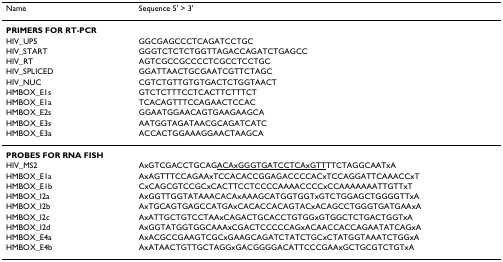
<table><thead><tr><td><b>Name</b></td><td><b>Sequence 5&#x27; &gt; 3&#x27;</b></td></tr></thead><tbody><tr><td><b>PRIMERS FOR RT-PCR</b></td><td></td></tr><tr><td>HIV_UP5</td><td>GGCGAGCCCTCAGATCCTGC</td></tr><tr><td>HIV_START</td><td>GGGTCTCTCTGGTTAGACCAGATCTGAGCC</td></tr><tr><td>HIV_RT</td><td>AGTCGCCGCCCCTCGCCTCCTGC</td></tr><tr><td>HIV_SPLICED</td><td>GGATTAACTGCGAATCGTTCTAGC</td></tr><tr><td>HIV_NUC</td><td>CGTCTGTTGTGTGACTCTGGTAACT</td></tr><tr><td>HMBOX_E1s</td><td>GTCTCTTTCCTCACTTCTTTCT</td></tr><tr><td>HMBOX_E1a</td><td>TCACAGTTTCCAGAACTCCAC</td></tr><tr><td>HMBOX_E2s</td><td>GGAATGGAACAGTGAAGAAGCA</td></tr><tr><td>HMBOX_E3s</td><td>AATGGTAGATAACGCAGATCATC</td></tr><tr><td>HMBOX_E3a</td><td>ACCACTGGAAAGGAACTAAGCA</td></tr><tr><td><b>PROBES FOR RNA FISH</b></td><td></td></tr><tr><td>HIV_MS2</td><td>AxGTCGACCTGCAG<underline>ACAxGGGTGATCCTCAxGTT</underline>TTCTAGGCAATxA</td></tr><tr><td>HMBOX_E1a</td><td>AxAGTTTCCAGAAxTCCACACCGGAGACCCCACxTCCAGGATTCAAACCxT</td></tr><tr><td>HMBOX_E1b</td><td>CxCAGCGTCCGCxCACTTCCTCCCCAAAACCCCxCCAAAAAAATTGTTxT</td></tr><tr><td>HMBOX_I2a</td><td>AxGGTTGGTATAAACACAxAAAGCATGGTGGTxGTCTGGAGCTGGGGTTxA</td></tr><tr><td>HMBOX_I2b</td><td>AxTGCAGTGAGCCATGAxCACACCACAGTACxACAGCCTGGGTGATGAAxA</td></tr><tr><td>HMBOX_I2c</td><td>AxATTGCTGTCCTAAxCAGACTGCACCTGTGGxGTGGCTCTGACTGGTxA</td></tr><tr><td>HMBOX_I2d</td><td>AxGGTATGGTGGCAAAxCGACTCCCCCAGxACAACCACCAGAATATCAGxA</td></tr><tr><td>HMBOX_E4a</td><td>AxACGCCGAAGTCGCxGAAGCAGATCTATCTGCxCTATGGTAAATCTGGxA</td></tr><tr><td>HMBOX_E4b</td><td>AxATAACTGTTGCTAGGxGACGGGGACATTCCCGAAxGCTGCGTCTGTxA</td></tr></tbody></table>